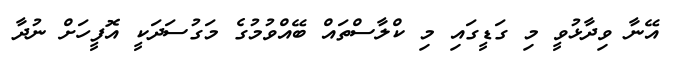
އޭނާ ވިދާޅުވީ މި ގަޑީގައި މި ކްލާސްތައް ބޭއްވުމުގެ މަގުސަދަކީ އޮފީހަށް ނުދާ